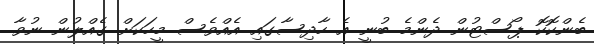
ބެންކޮކޮ ޕޯސްޓުން ދެންމެ ބުނީ އެ ހާދިސާގައި އެއްވެސް މީހަކަށް ގެއްލުން ނުވާ